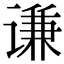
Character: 谦